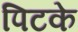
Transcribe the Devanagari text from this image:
पिटके